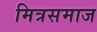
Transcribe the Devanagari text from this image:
मित्रसमाज